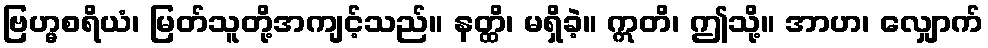
ဗြဟ္မစရိယံ၊ မြတ်သူတို့အကျင့်သည်။ နတ္ထိ၊ မရှိခဲ့။ ဣတိ၊ ဤသို့။ အာဟ၊ လျှောက်